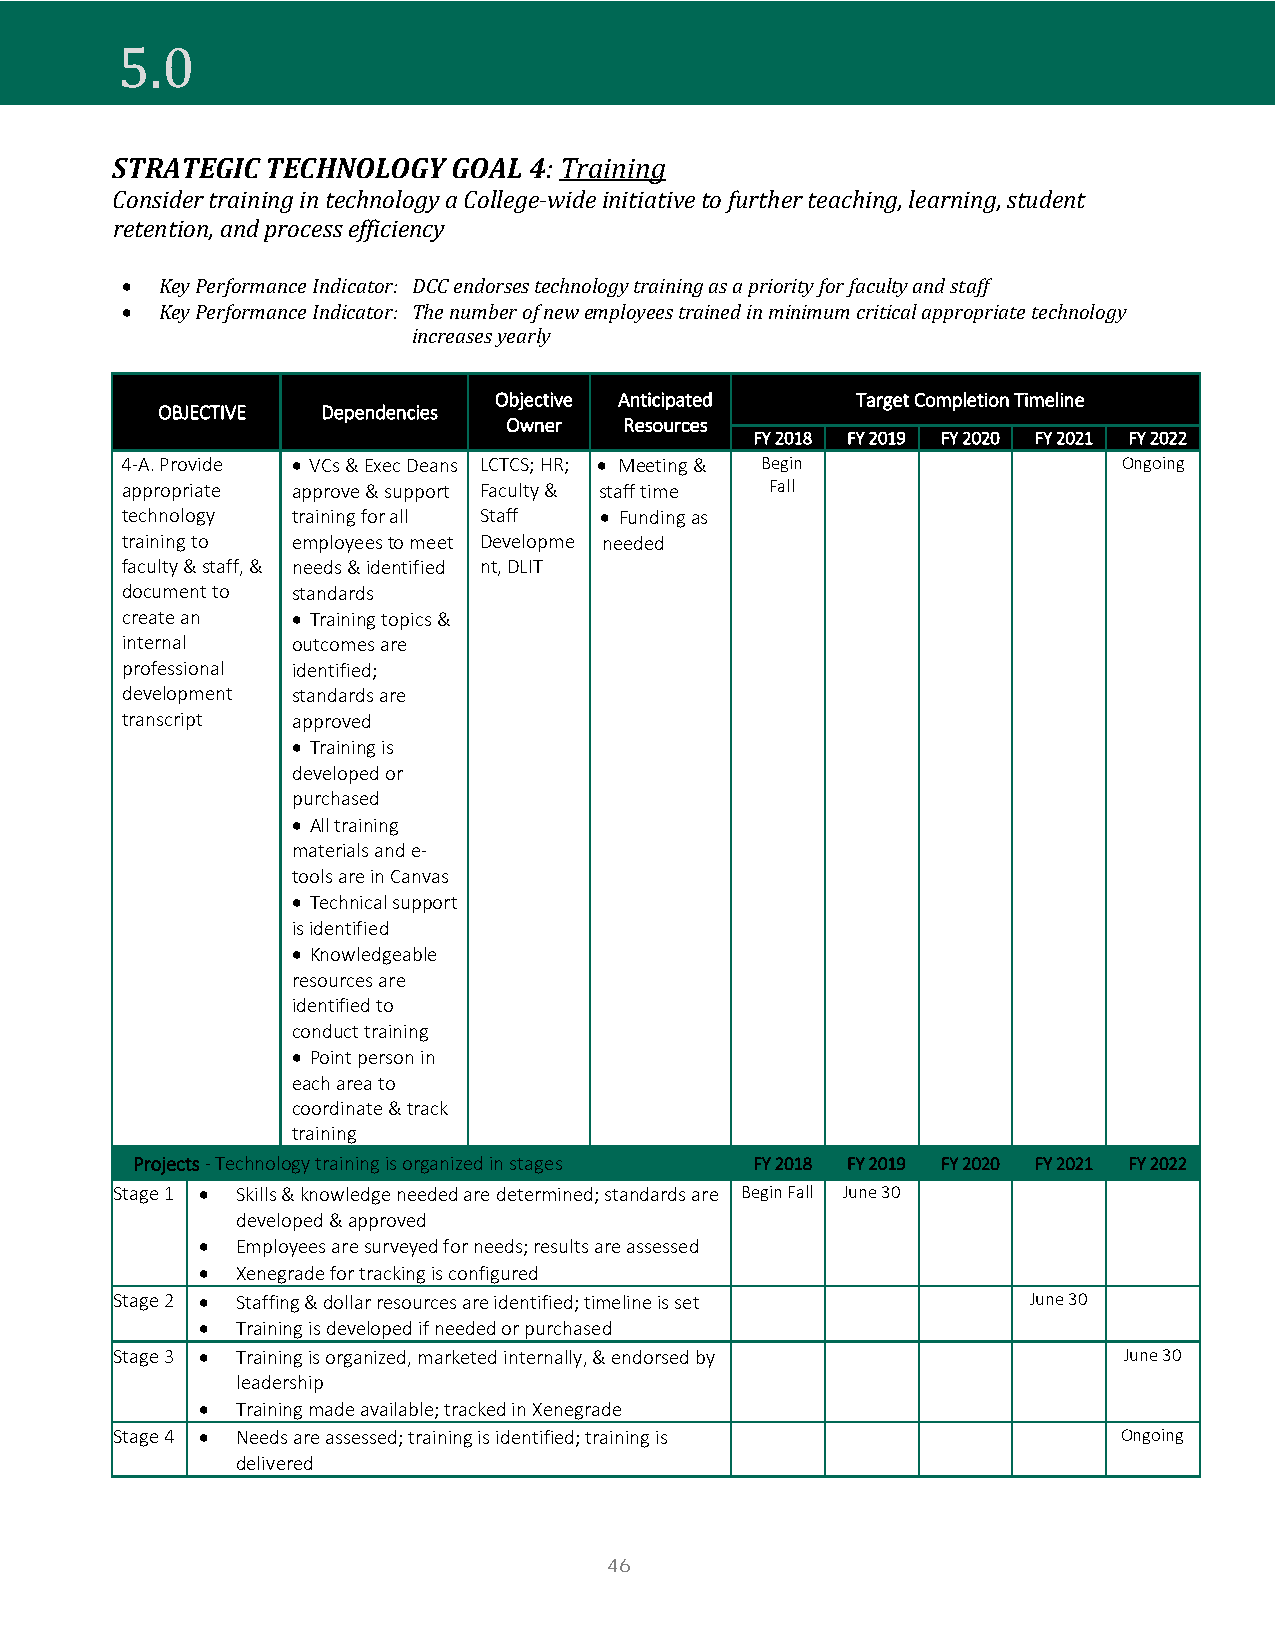
STRATEGIC  TECHNOLOGY  GOAL 4: Training
 5.0
 Consider training in technology a College-wide initiative to further teaching, learning, student
 retention, and process efficiency
 •  Key Performance Indicator: DCC endorses technology training as a priority for faculty and staff
 •  Key Performance Indicator: The number of new employees trained in minimum critical appropriate technology
 increases yearly
 Objective Anticipated   Target Completion Timeline
 OBJECTIVE  Dependencies
 Owner  Resources
 FY 2018 FY 2019 FY 2020 FY 2021 FY 2022
 4-A. Provide • VCs & Exec Deans LCTCS; HR; • Meeting & Begin      Ongoing
 appropriate approve & support Faculty & staff time Fall
 technology training for all Staff • Funding as
 training to employees to meet Developme needed
 faculty & staff, & needs & identified nt, DLIT
 document to standards
 create an  • Training topics &
 internal   outcomes are
 professional identified;
 development standards are
 transcript approved
 • Training is
 developed or
 purchased
 • All training
 materials and e-
 tools are in Canvas
 • Technical support
 is identified
 • Knowledgeable
 resources are
 identified to
 conduct training
 • Point person in
 each area to
 coordinate & track
 training
 Projects - Technology training is organized in stages FY 2018 FY 2019 FY 2020 FY 2021 FY 2022
 Stage 1 • Skills & knowledge needed are determined; standards are Begin Fall June 30
 developed & approved
 •  Employees are surveyed for needs; results are assessed
 •  Xenegrade for tracking is configured
 Stage 2 • Staffing & dollar resources are identified; timeline is set June 30
 •  Training is developed if needed or purchased
 Stage 3 • Training is organized, marketed internally, & endorsed by June 30
 leadership
 •  Training made available; tracked in Xenegrade
 Stage 4 • Needs are assessed; training is identified; training is  Ongoing
 delivered
 46